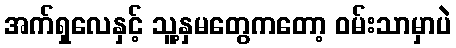
အက်ရှလေနှင့် သူ့နှမတွေကတော့ ဝမ်းသာမှာပဲ